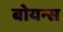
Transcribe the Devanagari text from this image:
बोयन्स